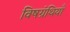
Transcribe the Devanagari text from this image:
विषग्रंथियाँ